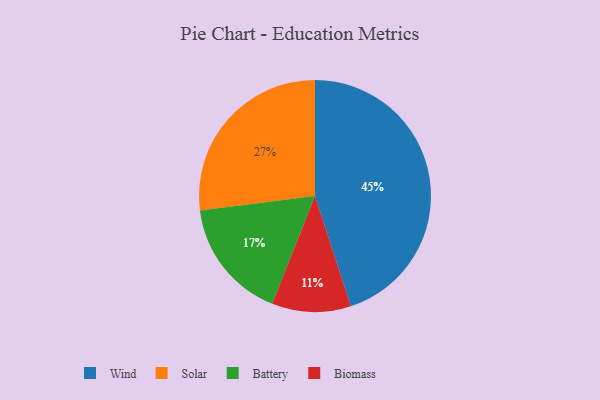
{"axis": {"x": "Category", "y": "Percentage"}, "legend": ["Battery", "Biomass", "Solar", "Wind"], "data": [{"x": "Biomass", "y": 11, "type": "Biomass"}, {"x": "Battery", "y": 17, "type": "Battery"}, {"x": "Wind", "y": 45, "type": "Wind"}, {"x": "Solar", "y": 27, "type": "Solar"}]}